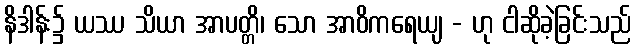
နိဒါန်း၌ ယဿ သိယာ အာပတ္တိ၊ သော အာဝိကရေယျ - ဟု ငါဆိုခဲ့ခြင်းသည်